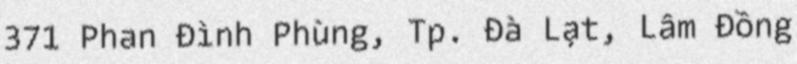
371 Phan Đình Phùng, Tp. Đà Lạt, Lâm Đồng